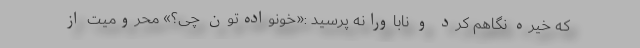
که خیره نگاهم کرد و ناباورانه پرسید :«خونواده‌تون چی؟» محرومیت از